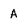
Character: A